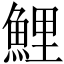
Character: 鯉